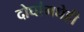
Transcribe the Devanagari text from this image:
दोघांमधेही